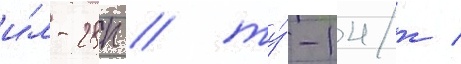
и́л-28п / ту́-14т /